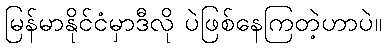
မြန်မာနိုင်ငံမှာဒီလို ပဲဖြစ်နေကြတဲ့ဟာပဲ။